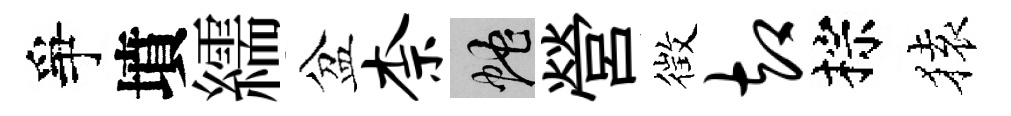
爭墳繻盆柰蛇營徴却棕𫞤